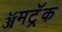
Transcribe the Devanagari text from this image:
ॲमट्रॅक